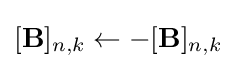
[\mathbf {B} ]_{n,k}\leftarrow -[\mathbf {B} ]_{n,k}